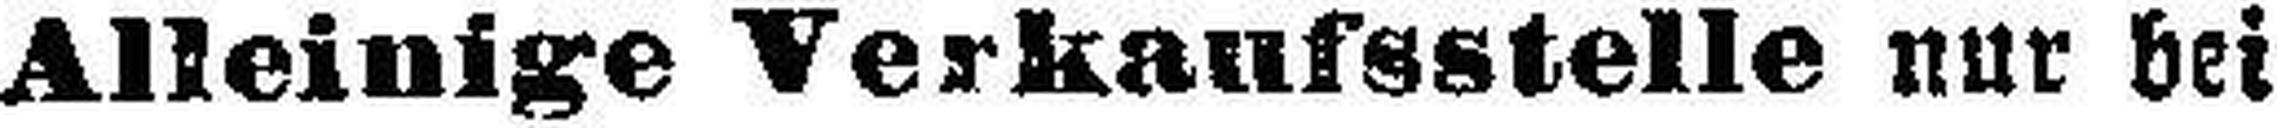
Alleinige Verkaufsstelle nur bei